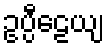
ဥပ္ပီဠေယျ